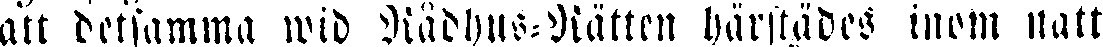
att detsamma wid Rådhus-Rätten härstädes inom natt